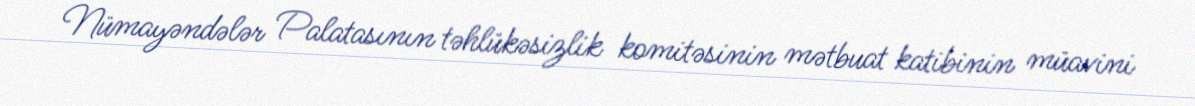
Nümayəndələr Palatasının təhlükəsizlik komitəsinin mətbuat katibinin müavini